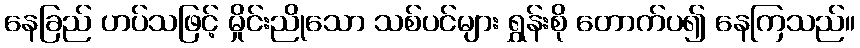
နေခြည် ဟပ်သဖြင့် မှိုင်းညိုသော သစ်ပင်များ ရွှန်းစို တောက်ပ၍ နေကြသည်။